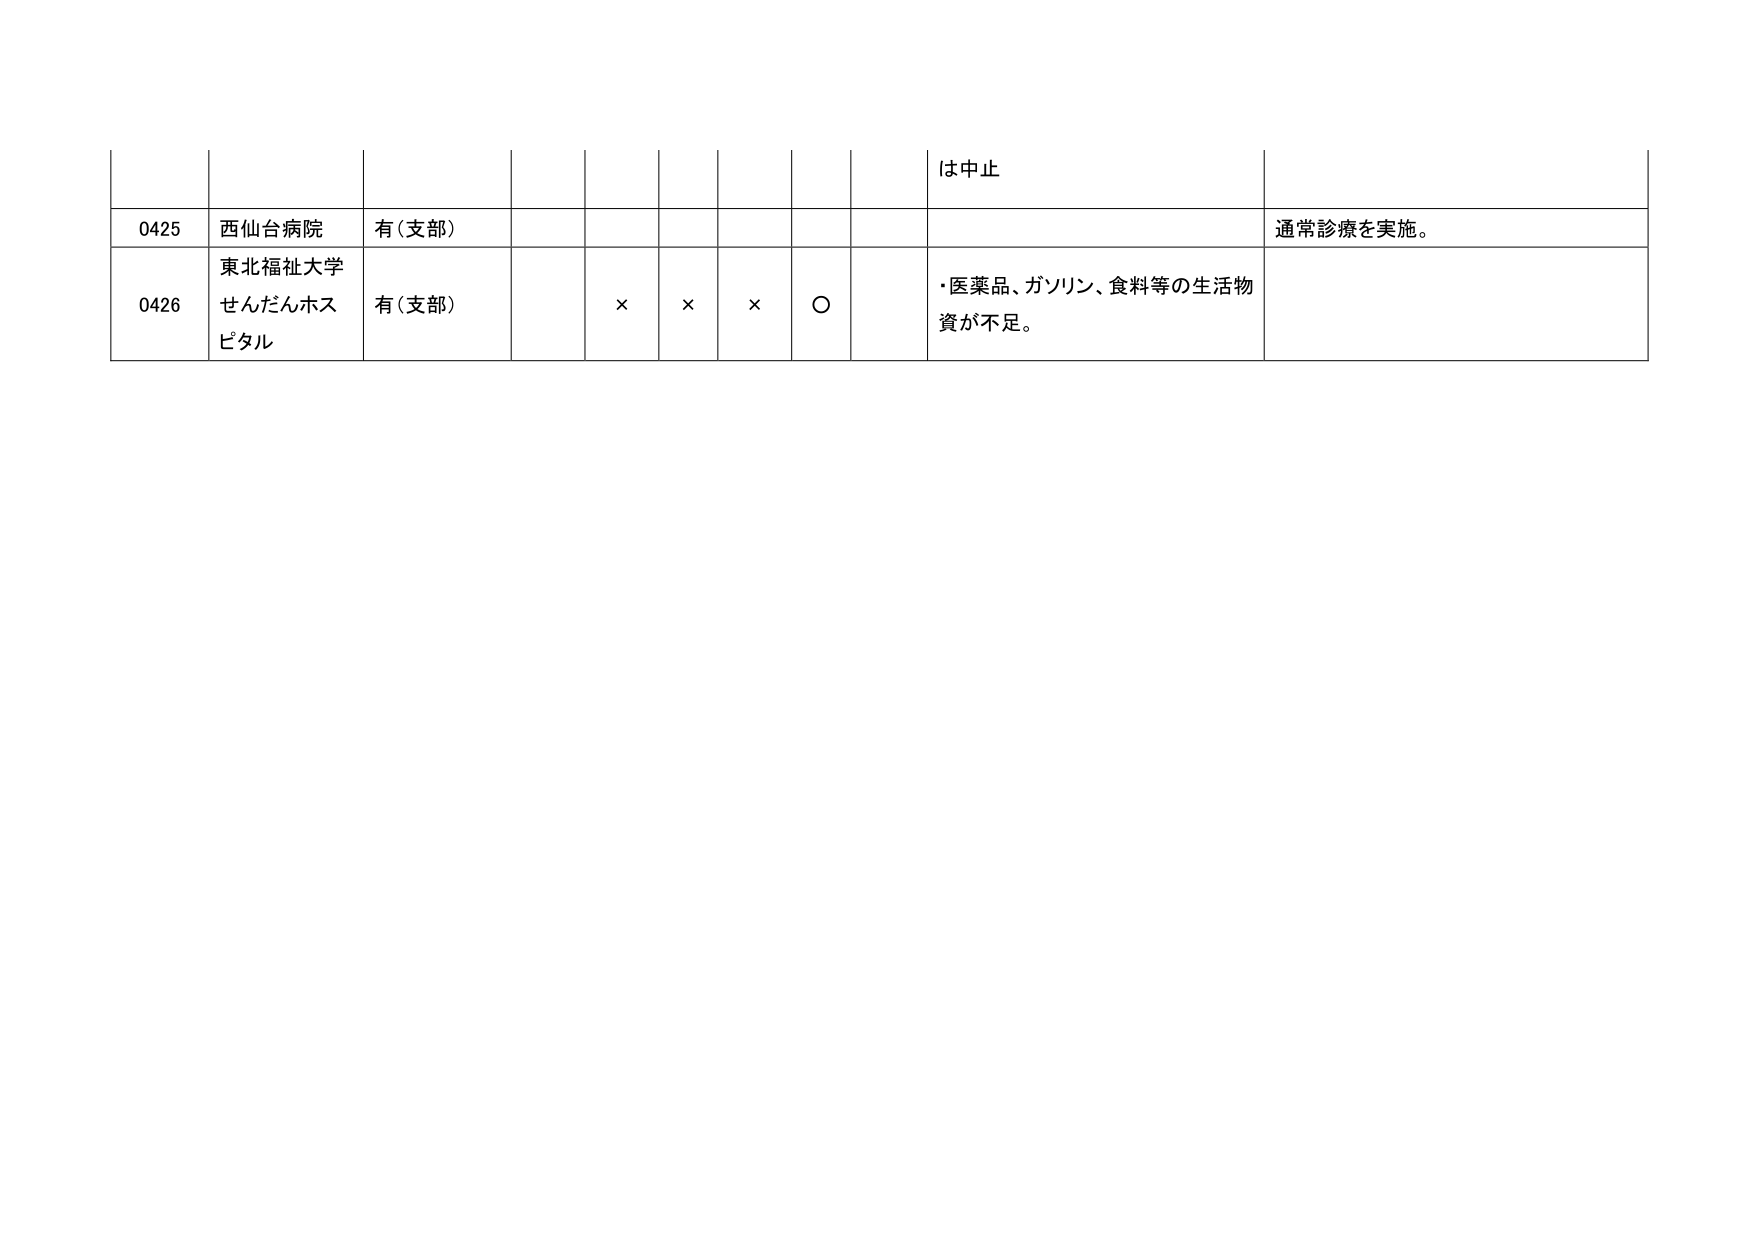
は中止
0425 西仙台病院 有(支部) 通常診療を実施。
0426 東北福祉大学 せんだんホスピタル 有(支部) × × × ○ ・医薬品、ガソリン、食料等の生活物資が不足。